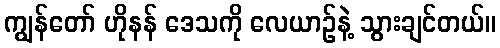
ကျွန်တော် ဟိုနန် ဒေသကို လေယာဉ်နဲ့ သွားချင်တယ်။